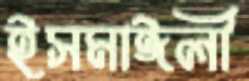
ইসমাঈলী